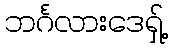
ဘင်္ဂလားဒေရှ့်